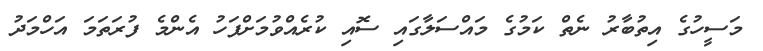
މަސީހުގެ އިތުބާރު ނެތް ކަމުގެ މައްސަލާގައި ސޮއި ކުރެއްވުމަށްފަހު އެންމެ ފުރަތަމަ އަހްމަދު